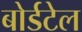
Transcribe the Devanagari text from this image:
बोर्डटेल